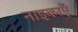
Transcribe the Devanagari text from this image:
नाइकाएँ